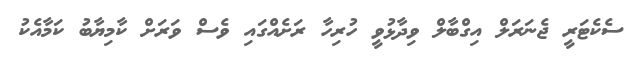
ސެކެޓަރީ ޖެނަރަލް އިގްބާލް ވިދާޅުވީ ހުރިހާ ރަށެއްގައި ވެސް ވަރަށް ކާމިޔާބު ކަމާއެކު